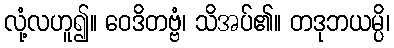
လုံ့လဟူ၍။ ဝေဒိတဗ္ဗံ၊ သိအပ်၏။ တဒုဘယမ္ပိ၊